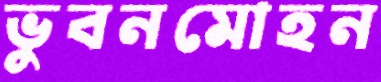
ভুবনমোহন